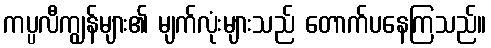
ကပ္ပလီကျွန်များ၏ မျက်လုံးများသည် တောက်ပနေကြသည်။